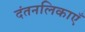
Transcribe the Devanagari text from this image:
दंतनलिकाएँ